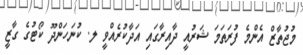
މުޖުތާޒް އެންމެ ފުރަތަމަ ޝަރުއީ ދާއިރާގައި އަދާކުރެއްވީ ލ. ކުނަހަންދޫ ކޯޓުގެ ގާޒީ